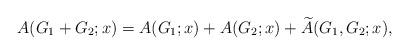
LaTeX: \begin{align*} A(G_1+ G_2;x)= A(G_1;x) + A(G_2;x)+ \widetilde{A}(G_1,G_2;x), \end{align*}